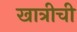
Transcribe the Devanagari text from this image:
खात्रीची